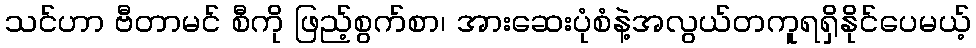
သင်ဟာ ဗီတာမင် စီကို ဖြည့်စွက်စာ၊ အားဆေးပုံစံနဲ့အလွယ်တကူရရှိနိုင်ပေမယ့်